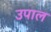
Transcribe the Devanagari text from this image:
उपाल